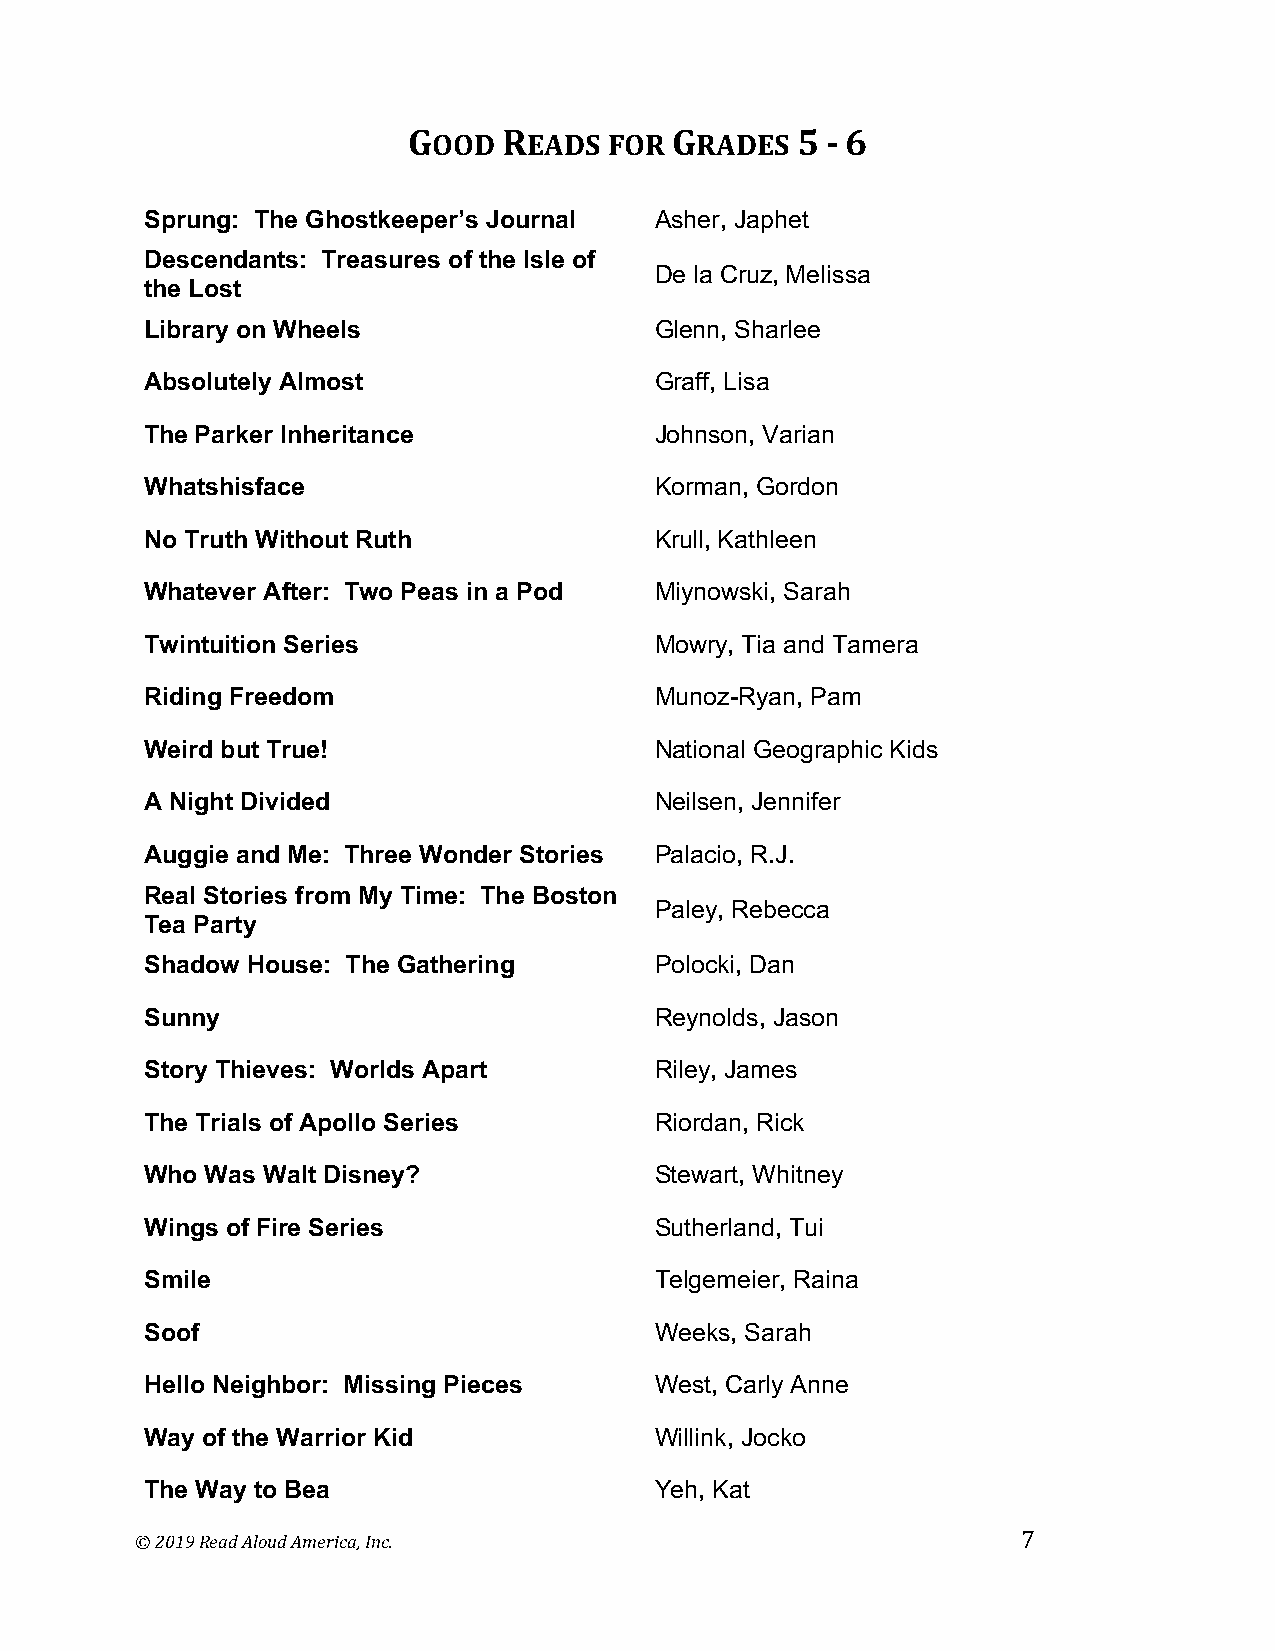
GOOD  READS  FOR GRADES   5 - 6
 Sprung: The Ghostkeeper’s Journal Asher, Japhet
 Descendants: Treasures of the Isle of
 De la Cruz, Melissa
 the Lost
 Library on Wheels                Glenn, Sharlee
 Absolutely Almost                Graff, Lisa
 The Parker Inheritance           Johnson, Varian
 Whatshisface                     Korman, Gordon
 No Truth Without Ruth            Krull, Kathleen
 Whatever After: Two Peas in a Pod Miynowski, Sarah
 Twintuition Series               Mowry, Tia and Tamera
 Riding Freedom                   Munoz-Ryan, Pam
 Weird but True!                  National Geographic Kids
 A Night Divided                  Neilsen, Jennifer
 Auggie and Me: Three Wonder Stories Palacio, R.J.
 Real Stories from My Time: The Boston
 Paley, Rebecca
 Tea Party
 Shadow House: The Gathering      Polocki, Dan
 Sunny                            Reynolds, Jason
 Story Thieves: Worlds Apart      Riley, James
 The Trials of Apollo Series      Riordan, Rick
 Who Was Walt Disney?             Stewart, Whitney
 Wings of Fire Series             Sutherland, Tui
 Smile                            Telgemeier, Raina
 Soof                             Weeks, Sarah
 Hello Neighbor: Missing Pieces   West, Carly Anne
 Way of the Warrior Kid           Willink, Jocko
 The Way to Bea                   Yeh, Kat
 © 2019 Read Aloud America, Inc.                            7